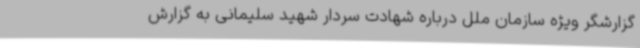
گزارشگر ویژه سازمان ملل درباره شهادت سردار شهید سلیمانی به گزارش